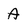
Character: A